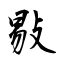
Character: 敡